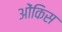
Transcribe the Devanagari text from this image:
ओंकिस